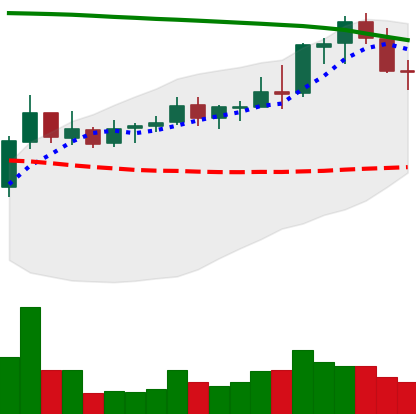
Ticker: NEO-USD
Chart end date: 2021-08-18
Forward return: 17.764%
Label: up_7plus